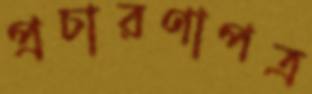
প্রচারণাপত্র